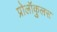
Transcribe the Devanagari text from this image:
प्रोलॉकुलस